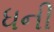
ધની